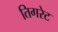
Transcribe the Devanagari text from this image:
तिगरेट